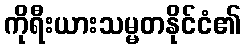
ကိုရီးယားသမ္မတနိုင်ငံ၏